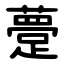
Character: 䠢